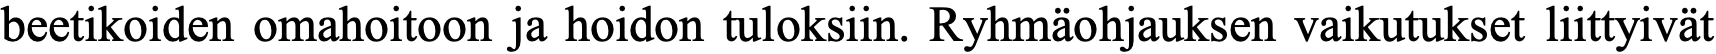
beetikoiden omahoitoon ja hoidon tuloksiin. Ryhmäohjauksen vaikutukset liittyivät